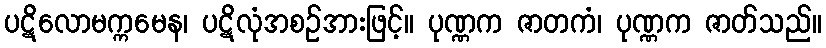
ပဋိလောမက္ကမေန၊ ပဋိလုံအစဉ်အားဖြင့်။ ပုဏ္ဏက ဇာတကံ၊ ပုဏ္ဏက ဇာတ်သည်။